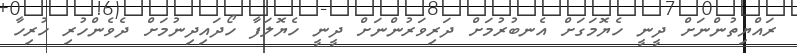
ރައްޔިތުންނަށް ދީނީ ހެޔޮމަގަށް އެނބުރުމަށް ދަރިވަރުންނަށް ދީނީ ހެޔޮލަފާ ހޯދައިދިނުމަށް ދެވެންހުރި ހުރިހާ